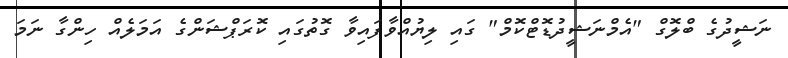
ނަޝީދުގެ ބްލޮގް "އެމްނަޝީދުޑޮޓްކޮމް" ގައި ލިޔުއްވާފައިވާ ގޮތުގައި ކޮރަޕްޝަންގެ އަމަލެއް ހިންގާ ނަމަ